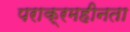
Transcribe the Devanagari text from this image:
पराक्रमहीनता